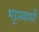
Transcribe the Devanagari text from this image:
भट्टस्वामी